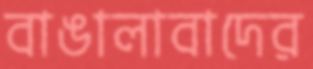
বাঙালাবাদের